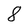
Character: 8